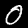
Label: 0